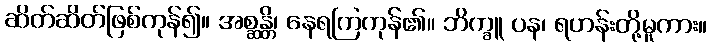
ဆိတ်ဆိတ်ဖြစ်ကုန်၍။ အစ္ဆန္တိ၊ နေရကြကုန်၏။ ဘိက္ခူ ပန၊ ရဟန်းတို့မူကား။